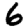
Digit: 6